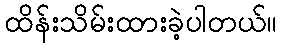
ထိန်းသိမ်းထားခဲ့ပါတယ်။